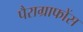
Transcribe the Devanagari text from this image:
पैराग्राफोंस